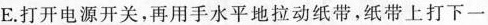
E.打开电源开关，再用手水平地拉动纸带，纸带上打下一